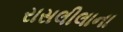
રાસલીલાના